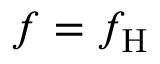
f = f _ { \mathrm { H } }